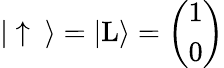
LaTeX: \begin{array}{r}{|\uparrow\ \rangle=|\mathrm{L}\rangle=\left(\begin{array}{c}{1}\\ {0}\end{array}\right)}\end{array}